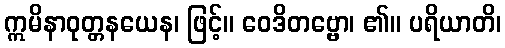
ဣမိနာဝုတ္တနယေန၊ ဖြင့်။ ဝေဒိတဗ္ဗော၊ ၏။ ပရိယာတိ၊